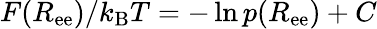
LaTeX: F(R_{\mathrm{ee}})/k_{\mathrm{B}}T=-\ln{{p(R_{\mathrm{ee}})}}+C